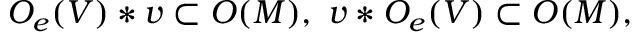
O _ { e } ( V ) * v \subset O ( M ) , \, \, v * O _ { e } ( V ) \subset O ( M ) ,